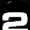
Digit: 2